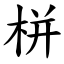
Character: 栟